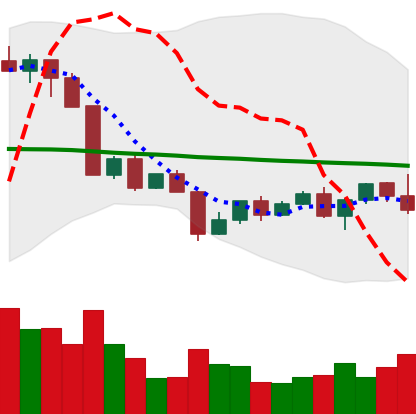
Ticker: NEO-USD
Chart end date: 2022-04-21
Forward return: -11.024%
Label: down_7plus